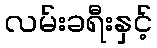
လမ်းခရီးနှင့်